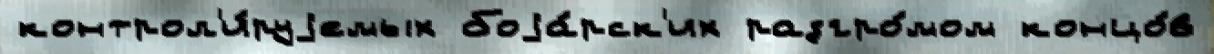
контрол'и́руjемых боjа́рск'их разгро́мом концо́в